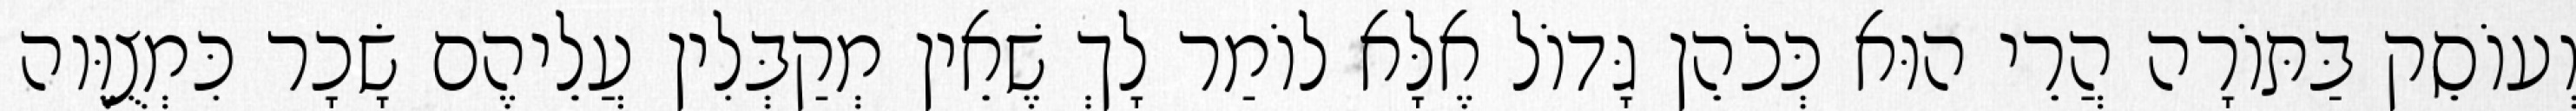
וְעוֹסֵק בַּתּוֹרָה הֲרֵי הוּא כְּכֹהֵן גָּדוֹל אֶלָּא לוֹמַר לָךְ שֶׁאֵין מְקַבְּלִין עֲלֵיהֶם שָׂכָר כִּמְצֻוֶּוה